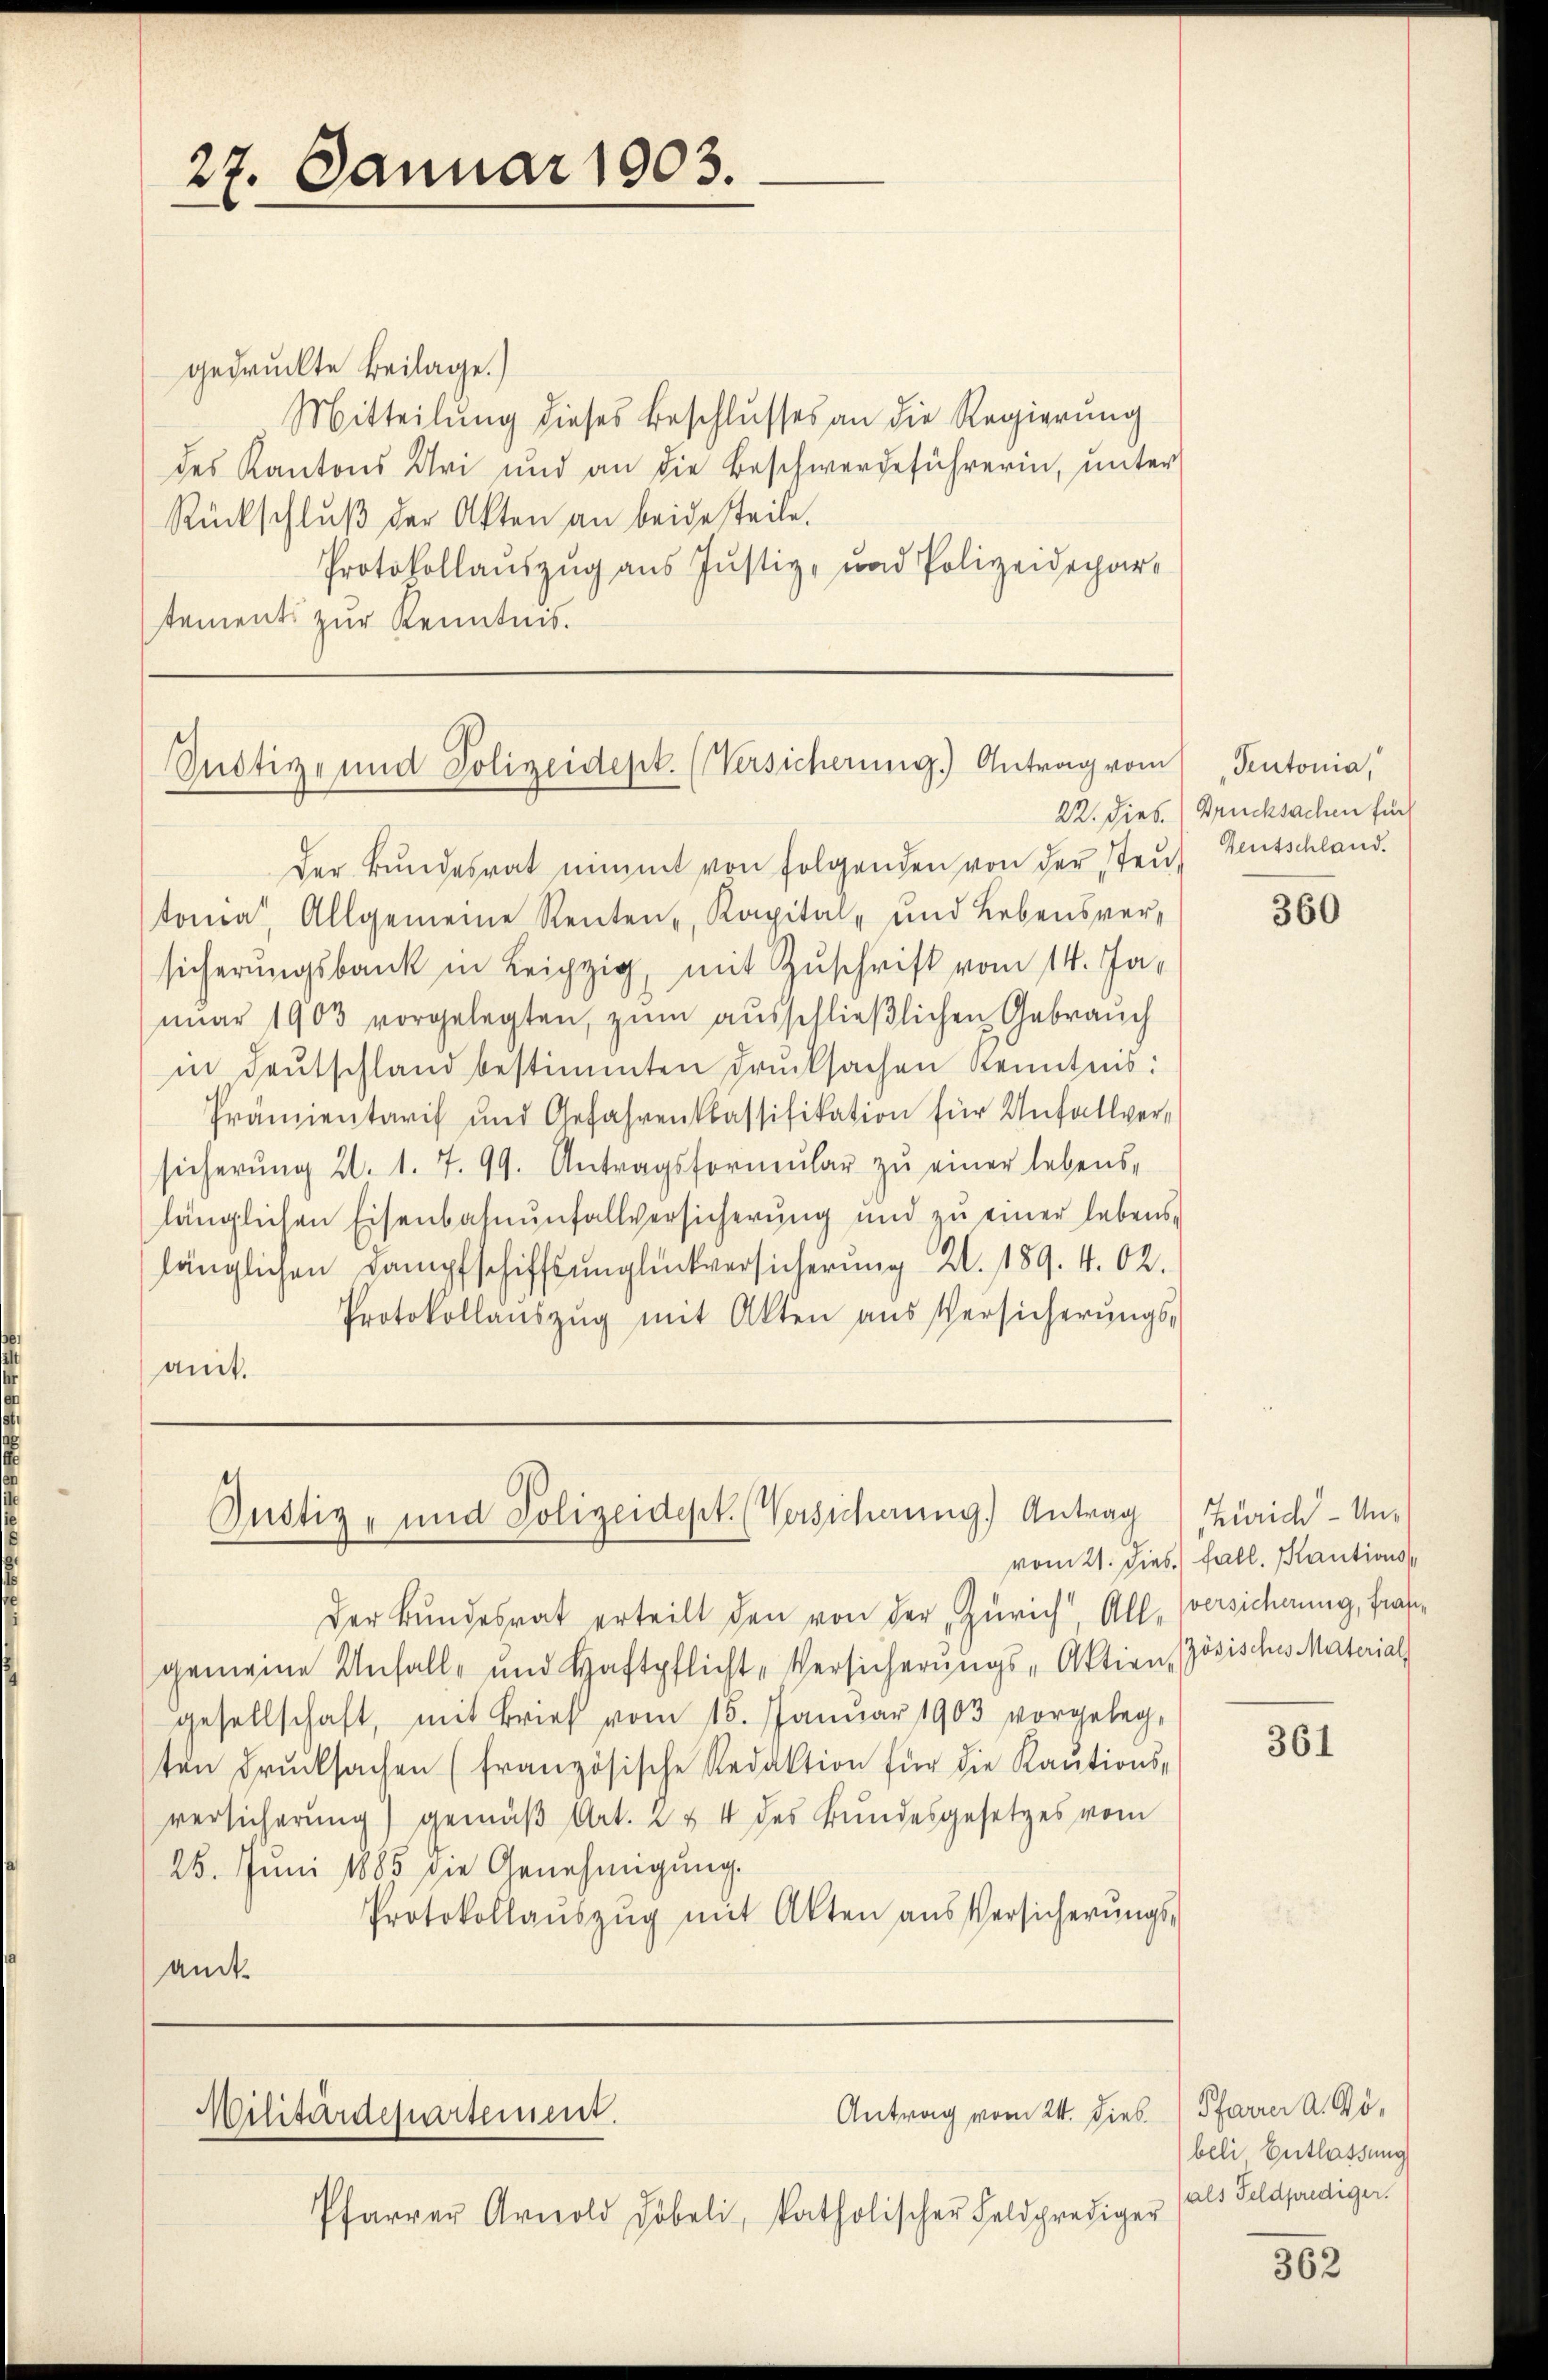
27. Januar 1903.

gedruckte Beilage.)
Mitteilŭng dieses Beschlŭsses an die Regierŭng
des Kantons Uri und an die Beschwerdeführerin, unter
Rückschlŭβ der Akten an beide steile.
Protokollauszug aus Justiz- und Polizeidepar-
stements zur Kenntnis.

Justiz- und Polizeidept. (Versicherung.) Antrag vom

Der Bundesrat nimmt von folgenden von der Teuf entschland.
toma. Allgemeine Renten, Kapital- und Lebensver-
sicherungsbank in Leipzig, mit Zuschrift vom 14. Januar 1903 vorgelegten, zum ausschließlichen Gebrauch
in deutschland bestimmten Drucksachen Kenntnis:
Prämientaris und Gefahrenkassifikation für Unfallver-
sicherŭng 21. 1. 7. 99. Antragsformŭlar zŭ einer lebens-
länglichen Eisenbahnŭnfallversicherung und zŭ einer lebens-
länglichen Dampfschiffsunglückversicherung 2. 189. 4. 62.
Protokollaŭszŭg mit Akten aus Versicherŭngs-
amt.

Justiz- und Polizeidept. (Versicherung.) Antrag

Der Bundesrat erteilt den von der Zürich“ All, versicherung, frangemeine Unfall- und Haftpflicht-Versicherungs-Aktien zösisches Material
gesellschaft, mit Brief vom 15. Januar 1903 vorgelegten drŭcksachen (französische Redaktion für die Kaŭtions-
versicherung) gemäβ Art. 2 & 4 des Bŭndesgesetzes vom
25. Juni 1885 die Genehmigŭng.
Protokollaŭszŭg mit Akten aus Versicherŭngs-
amt.

Antrag vom 24. Dieb
Militärdepartement.

Pfarrer Arnold Döbeli, katholischer Feldprediger

Teutonia,
22. dies Drucksachen für

360

Zürich-Unvom 21. Dies Fall. Kautions

361

Pfarrer A. Gö
beli, Entlassung
(als Feldprediger.

362